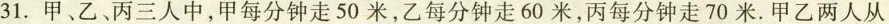
31.甲、乙、丙三人中,甲每分钟走50米,乙每分钟走60米,丙每分钟走70米甲乙两人从